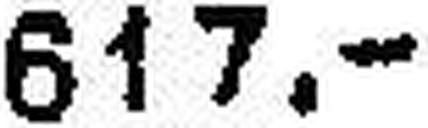
617.—